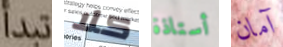
تبدأ كلا أستاذة آمان